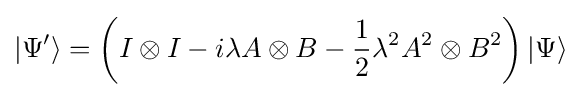
|\Psi '\rangle =\left(I\otimes I-i\lambda A\otimes B-{\frac {1}{2}}\lambda ^{2}A^{2}\otimes B^{2}\right)|\Psi \rangle